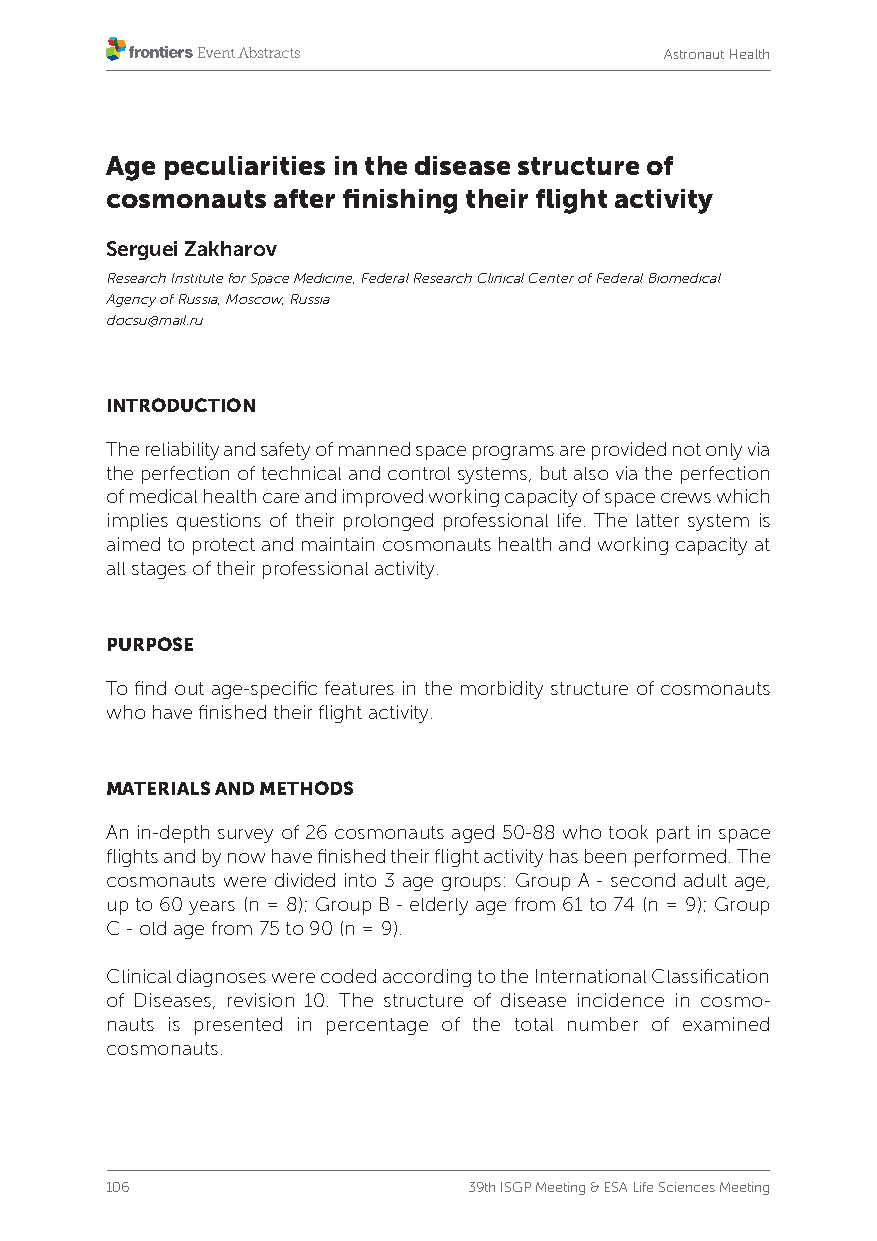
Astronaut Health
 Age peculiarities in the disease structure of
 cosmonauts after finishing their flight activity
 Serguei Zakharov
 Research Institute for Space Medicine, Federal Research Clinical Center of Federal Biomedical
 Agency of Russia, Moscow, Russia
 docsu@mail.ru
 INTRODUCTION
 The reliability and safety of manned space programs are provided not only via
 the perfection of technical and control systems, but also via the perfection
 of medical health care and improved working capacity of space crews which
 implies questions of their prolonged professional life. The latter system is
 aimed to protect and maintain cosmonauts health and working capacity at
 all stages of their professional activity.
 PURPOSE
 To find out age-specific features in the morbidity structure of cosmonauts
 who have finished their flight activity.
 MATERIALS AND METHODS
 An in-depth survey of 26 cosmonauts aged 50-88 who took part in space
 flights and by now have finished their flight activity has been performed. The
 cosmonauts were divided into 3 age groups: Group A - second adult age,
 up to 60 years (n = 8); Group B - elderly age from 61 to 74 (n = 9); Group
 C - old age from 75 to 90 (n = 9).
 Clinical diagnoses were coded according to the International Classification
 of Diseases, revision 10. The structure of disease incidence in cosmo-
 nauts is presented in percentage of the total number of examined
 cosmonauts.
 106                     39th ISGP Meeting & ESA Life Sciences Meeting